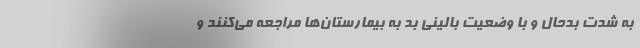
به شدت بدحال و با وضعیت بالینی بد به بیمارستان‌ها مراجعه می‌کنند و